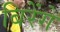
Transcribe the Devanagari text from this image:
बिरेंगे